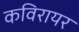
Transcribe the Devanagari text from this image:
कविरायर